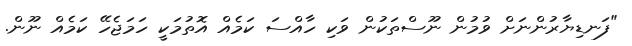
"ފަނޑިޔާރުންނަށް ވުމުން ނޫސްތަކުން ވަކި ހާއްސަ ކަމެއް އޮތުމަކީ ހަމަޖެހޭ ކަމެއް ނޫން.